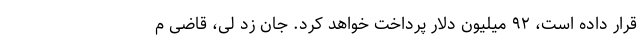
قرار داده است، ۹۲ میلیون دلار پرداخت خواهد کرد. جان زد لی، قاضی م